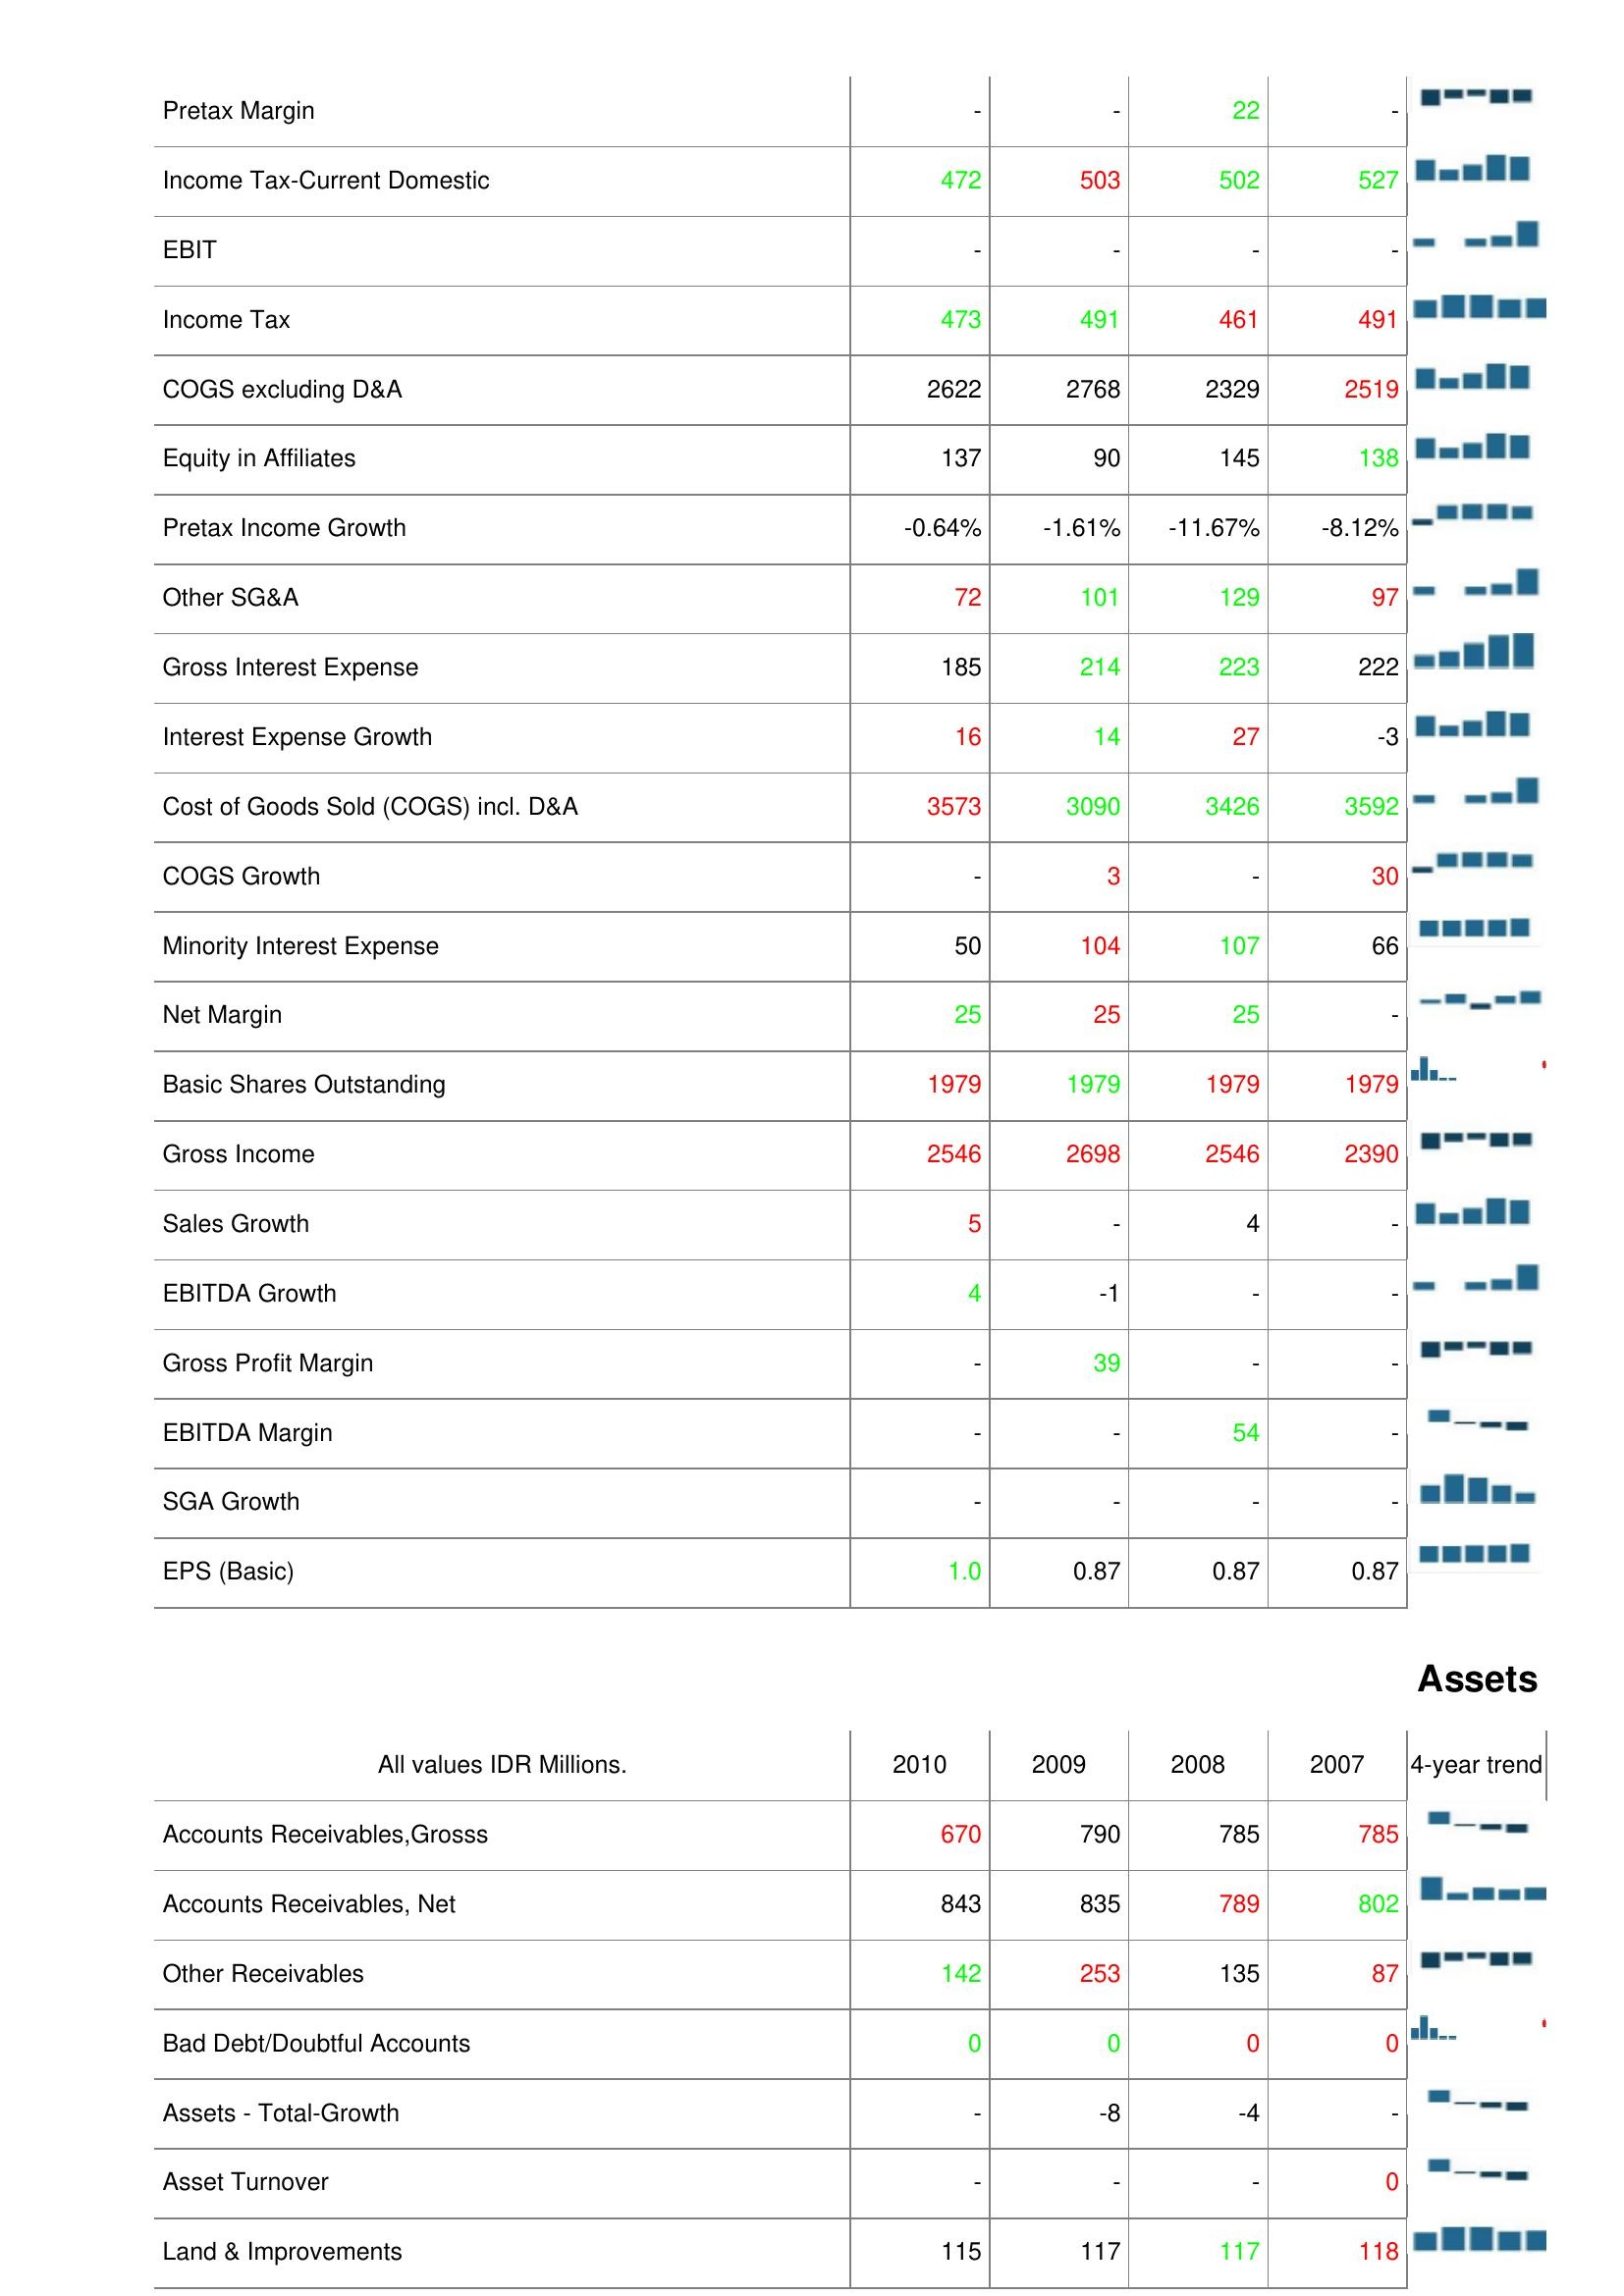
2010: : Pretax Margin: -
Income Tax-Current Domestic: 472
EBIT: -
Income Tax: 473
COGS excluding D&A: 2622
Equity in Affiliates: 137
Pretax Income Growth: -0.64%
Other SG&A: 72
Gross Interest Expense: 185
Interest Expense Growth: 16
Cost of Goods Sold (COGS) incl. D&A: 3573
COGS Growth: -
Minority Interest Expense: 50
Net Margin: 25
Basic Shares Outstanding: 1979
Gross Income: 2546
Sales Growth: 5
EBITDA Growth: 4
Gross Profit Margin: -
EBITDA Margin: -
SGA Growth: -
EPS (Basic): 1.0
Assets: Accounts Receivables,Grosss: 670
Accounts Receivables, Net: 843
Other Receivables: 142
Bad Debt/Doubtful Accounts: 0
Assets - Total-Growth: -
Asset Turnover: -
Land & Improvements: 115
2009: : Pretax Margin: -
Income Tax-Current Domestic: 503
EBIT: -
Income Tax: 491
COGS excluding D&A: 2768
Equity in Affiliates: 90
Pretax Income Growth: -1.61%
Other SG&A: 101
Gross Interest Expense: 214
Interest Expense Growth: 14
Cost of Goods Sold (COGS) incl. D&A: 3090
COGS Growth: 3
Minority Interest Expense: 104
Net Margin: 25
Basic Shares Outstanding: 1979
Gross Income: 2698
Sales Growth: -
EBITDA Growth: -1
Gross Profit Margin: 39
EBITDA Margin: -
SGA Growth: -
EPS (Basic): 0.87
Assets: Accounts Receivables,Grosss: 790
Accounts Receivables, Net: 835
Other Receivables: 253
Bad Debt/Doubtful Accounts: 0
Assets - Total-Growth: -8
Asset Turnover: -
Land & Improvements: 117
2008: : Pretax Margin: 22
Income Tax-Current Domestic: 502
EBIT: -
Income Tax: 461
COGS excluding D&A: 2329
Equity in Affiliates: 145
Pretax Income Growth: -11.67%
Other SG&A: 129
Gross Interest Expense: 223
Interest Expense Growth: 27
Cost of Goods Sold (COGS) incl. D&A: 3426
COGS Growth: -
Minority Interest Expense: 107
Net Margin: 25
Basic Shares Outstanding: 1979
Gross Income: 2546
Sales Growth: 4
EBITDA Growth: -
Gross Profit Margin: -
EBITDA Margin: 54
SGA Growth: -
EPS (Basic): 0.87
Assets: Accounts Receivables,Grosss: 785
Accounts Receivables, Net: 789
Other Receivables: 135
Bad Debt/Doubtful Accounts: 0
Assets - Total-Growth: -4
Asset Turnover: -
Land & Improvements: 117
2007: : Pretax Margin: -
Income Tax-Current Domestic: 527
EBIT: -
Income Tax: 491
COGS excluding D&A: 2519
Equity in Affiliates: 138
Pretax Income Growth: -8.12%
Other SG&A: 97
Gross Interest Expense: 222
Interest Expense Growth: -3
Cost of Goods Sold (COGS) incl. D&A: 3592
COGS Growth: 30
Minority Interest Expense: 66
Net Margin: -
Basic Shares Outstanding: 1979
Gross Income: 2390
Sales Growth: -
EBITDA Growth: -
Gross Profit Margin: -
EBITDA Margin: -
SGA Growth: -
EPS (Basic): 0.87
Assets: Accounts Receivables,Grosss: 785
Accounts Receivables, Net: 802
Other Receivables: 87
Bad Debt/Doubtful Accounts: 0
Assets - Total-Growth: -
Asset Turnover: 0
Land & Improvements: 118